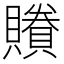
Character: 䞉